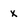
Character: x